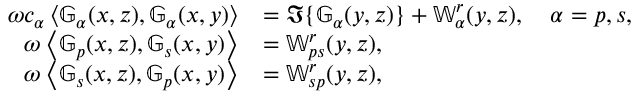
\begin{array} { r l } { \omega c _ { \alpha } \left\langle \mathbb { G } _ { \alpha } ( x , z ) , \mathbb { G } _ { \alpha } ( x , y ) \right\rangle } & { = \Im \{ \mathbb { G } _ { \alpha } ( y , z ) \} + \mathbb { W } _ { \alpha } ^ { r } ( y , z ) , \quad \alpha = p , s , } \\ { \omega \left\langle \mathbb { G } _ { p } ( x , z ) , \mathbb { G } _ { s } ( x , y ) \right\rangle } & { = \mathbb { W } _ { p s } ^ { r } ( y , z ) , } \\ { \omega \left\langle \mathbb { G } _ { s } ( x , z ) , \mathbb { G } _ { p } ( x , y ) \right\rangle } & { = \mathbb { W } _ { s p } ^ { r } ( y , z ) , } \end{array}